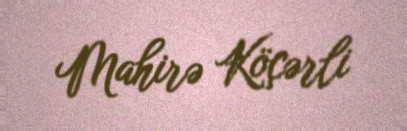
Mahirə Köçərli